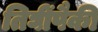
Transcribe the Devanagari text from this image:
तिघींपैकी